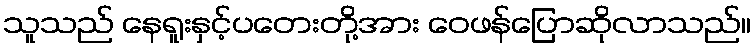
သူသည် နေရူးနှင့်ပတေးတို့အား ဝေဖန်ပြောဆိုလာသည်။